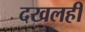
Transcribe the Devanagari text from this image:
दखलही